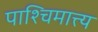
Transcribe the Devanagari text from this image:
पाश्चिमात्त्य